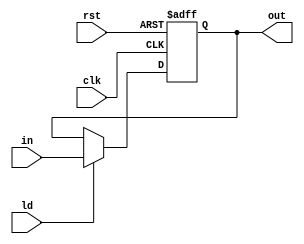
module register8(
    in,
    out,
    clk,
    rst,
    ld
);
    input [7 : 0] in;
    output reg [7 : 0] out;
    input clk, rst;
    input ld;

    always @(posedge clk, posedge rst) begin
        if (rst)
            out <= 8'b0000_0000;
        else
            if (ld)
                out <= in;
    end

endmodule